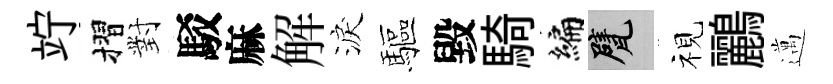
竚摺對駁麻解淚驅毀騎编甓视鸝邁